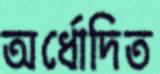
অর্ধোদিত